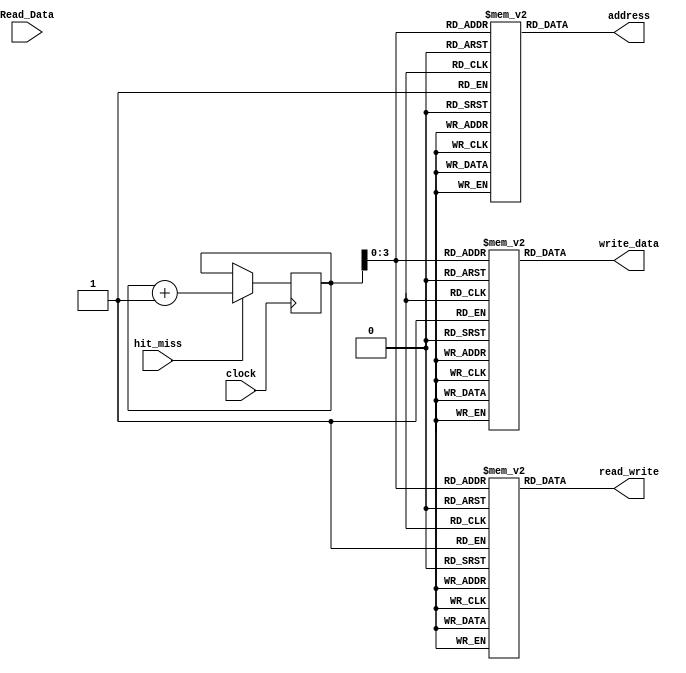
`timescale 1ns / 1ps

module CPU (
    input  hit_miss, // 1 for hit
    input  clock,
    input  [31:0]Read_Data,
    output read_write, // 1 for write
    output [9:0] address,
    output [31:0] write_data
);
    parameter  request_total = 12; 
    reg [4:0]  request_num;
    reg        read_write_test[request_total-1:0];
    reg [9:0]  address_test[request_total-1:0];
    reg [31:0] write_data_test[request_total-1:0]; 
    initial begin
        /* test cases */
        #10 request_num = 0;
        read_write_test[0] = 1; address_test[0] = 10'b0110101000; write_data_test[0] = 10'h3ab; //write miss + empty dirty=0
        read_write_test[1] = 0; address_test[1] = 10'b0110101000; write_data_test[1] = 0; //                                                h3ab
        read_write_test[2] = 1; address_test[2] = 10'b0110101000; write_data_test[2] = 10'h3ac;//write hit
        read_write_test[3] = 0; address_test[3] = 10'b0110101000; write_data_test[3] = 0;//read hit                                         h3ac
        read_write_test[4] = 0; address_test[4] = 10'b0100001000; write_data_test[4] = 0;//read miss + empty dirty=0   block 0              0000
        read_write_test[5] = 0; address_test[5] = 10'b0100101000; write_data_test[5] = 0;//read miss + write back dirty=1                   0000
        read_write_test[6] = 0; address_test[6] = 10'b0110101000; write_data_test[6] = 0;//check write back dirty=0                         h3ac 
        read_write_test[7] = 1; address_test[7] = 10'b0110101000; write_data_test[7] = 10'h3ad;//write hit
        read_write_test[8] = 1; address_test[8] = 10'b0101101000; write_data_test[8] = 10'h3ae;//write miss + write back dirty=1
        read_write_test[9] = 0; address_test[9] = 10'b0101101000; write_data_test[9] = 0;//check write                                      h3ae
        read_write_test[10] = 0; address_test[10] = 10'b0110101000; write_data_test[10] = 0;//check write back dirty=0                      h3ad
        read_write_test[11] = 0; address_test[11] = 10'b0110101001; write_data_test[11] = 0;//check load byte                               h003              
    end
    always @(posedge clock) begin
        if (hit_miss == 1) request_num = request_num + 1;
        else request_num = request_num;
    end
    assign address      = address_test[request_num];
    assign read_write   = read_write_test[request_num];
    assign write_data   = write_data_test[request_num]; 
endmodule